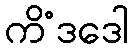
ကိံဒဒေါ